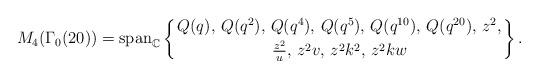
LaTeX: \begin{align*}M_{4}(\Gamma_{0}(20))=\mbox{span}_{\mathbb{C}}\left\{Q(q),\,Q(q^2),\,Q(q^4),\,Q(q^5),\,Q(q^{10}),\,Q(q^{20}),\,z^{2},\atop\frac{z^{2}}{u},\,z^{2}v,\,z^{2}k^{2},\,z^{2}kw\right\}.\end{align*}